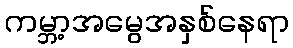
ကမ္ဘာ့အမွေအနှစ်နေရာ